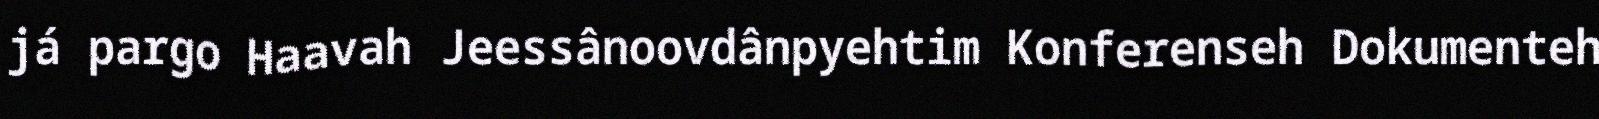
já pargo Haavah Jeessânoovdânpyehtim Konferenseh Dokumenteh